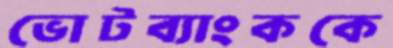
ভোটব্যাংককে